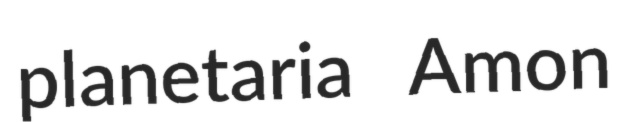
planetaria Amon